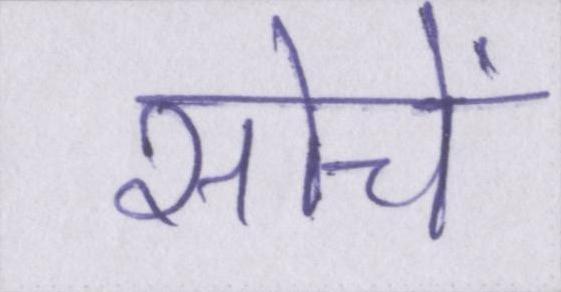
सोचें